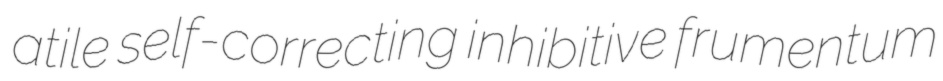
atile self-correcting inhibitive frumentum